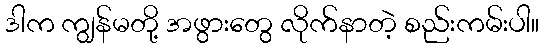
ဒါက ကျွန်မတို့ အဖွားတွေ လိုက်နာတဲ့ စည်းကမ်းပါ။